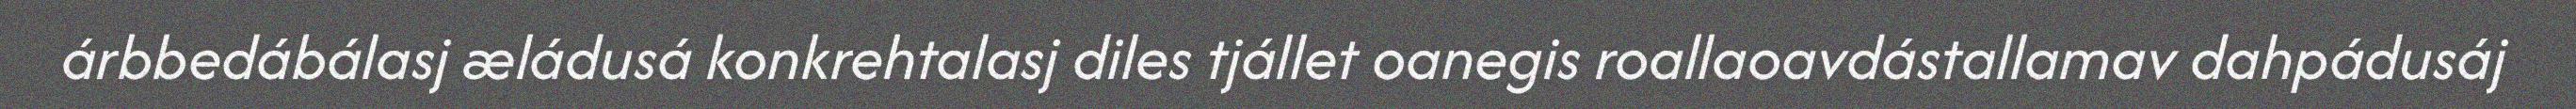
árbbedábálasj æládusá konkrehtalasj diles tjállet oanegis roallaoavdástallamav dahpádusáj